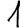
Digit: 1